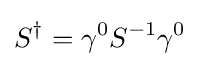
S^{\dagger }=\gamma ^{0}S^{-1}\gamma ^{0}